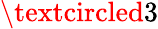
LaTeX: \textcircled{3}